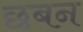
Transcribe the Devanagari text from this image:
छबन